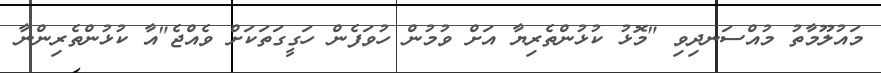
މައުލޫމާތު މުއްސަނދިވި "މޮޅު ކުޅުންތެރިޔާ އަށް ވުމުން ހުވަފެން ހަގީގަތަކަށް ވެއްޖެ"އާ ކުޅުންތެރިންނާ